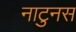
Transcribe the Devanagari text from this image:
नाटुनस